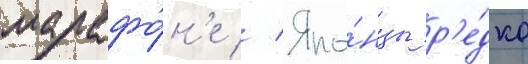
марафо́н'е // Япо́нцы р'е́дко